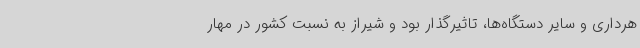
هرداری و سایر دستگاه‌ها، تاثیرگذار بود و شیراز به نسبت کشور در مهار